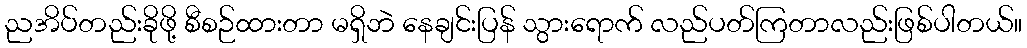
ညအိပ်တည်းခိုဖို့ စီစဉ်ထားတာ မရှိဘဲ နေချင်းပြန် သွားရောက် လည်ပတ်ကြတာလည်းဖြစ်ပါတယ်။